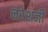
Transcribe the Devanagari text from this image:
नरेशजी